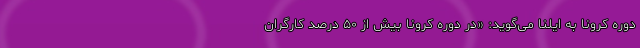
دوره کرونا به ایلنا می‌گوید: «در دوره کرونا بیش از ۵۰ درصد کارگران